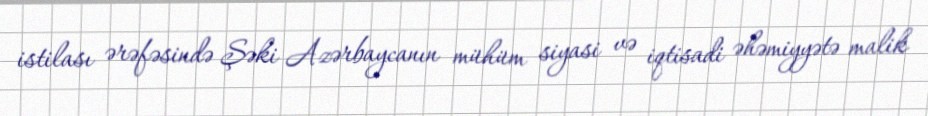
istilası ərəfəsində Şəki Azərbaycanın mühüm siyasi və iqtisadi əhəmiyyətə malik